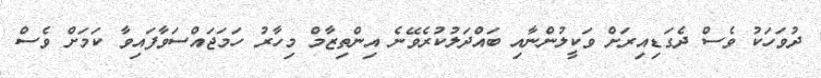
ދުވަހަކު ވެސް ދެގަޑިއިރަށް ވަކީލުންނާއި ބައްދަލުކުރެވޭނެ އިންތިޒާމް މިހާރު ހަމަޖައްސަވާފައިވާ ކަމަށް ވެސް